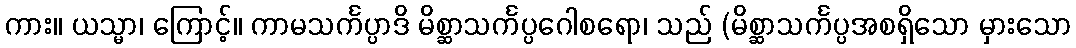
ကား။ ယသ္မာ၊ ကြောင့်။ ကာမသင်္ကပ္ပာဒိ မိစ္ဆာသင်္ကပ္ပဂေါစရော၊ သည် (မိစ္ဆာသင်္ကပ္ပအစရှိသော မှားသော